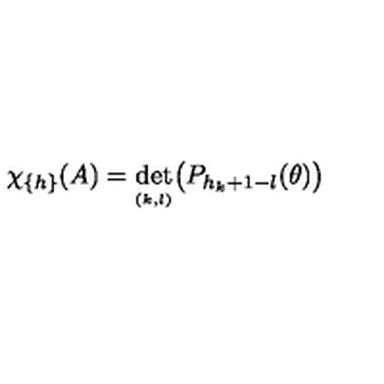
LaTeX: \chi _ { \{ h \} } ( A ) = \det _ { _ { ( k , l ) } } \bigl ( P _ { h _ { k } + 1 - l } ( \theta ) \bigr )